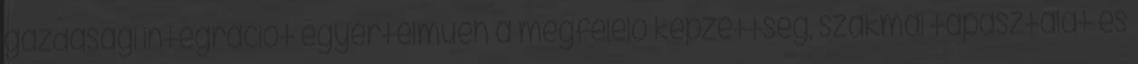
gazdasági integrációt egyértelműen a megfelelő képzettség, szakmai tapasztalat és